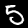
Label: 5